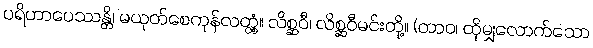
ပရိဟာပေဿန္တိ၊ မယုတ်စေကုန်လတ္တံ့။ လိစ္ဆဝီ၊ လိစ္ဆဝီမင်းတို့။ (တာဝ၊ ထိုမျှလောက်သော